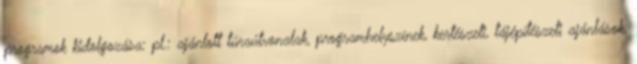
programok kidolgozása: pl.: ajánlott túraútvonalak, programhelyszínek, kertészeti, tájépítészeti ajánlások,